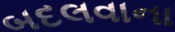
બદલવાના